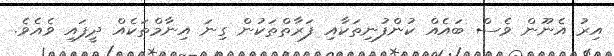
އިރު އެނޫން ވެސް ބައެއް ކުންފުނިތަކާއި ފަރާތްތަކުން ގިނަ އިނާމްތަކެއް ދީފައި ވެއެވެ.